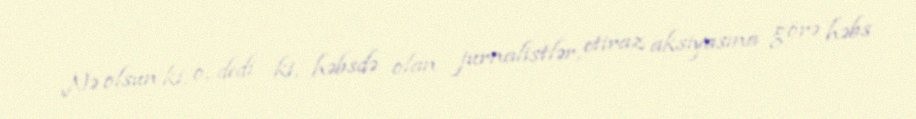
Nə olsun ki, o, dedi ki, həbsdə olan jurnalistlər, etiraz aksiyasına görə həbs